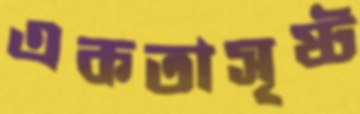
একতাসৃষ্ট